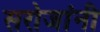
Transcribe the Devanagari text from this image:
सरोजांनी